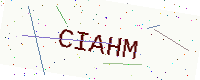
Text: CIAHM